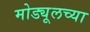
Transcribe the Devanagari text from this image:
मोड्यूलच्या